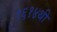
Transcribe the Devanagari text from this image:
१६१४थी